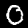
Digit: 0